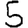
Digit: 5